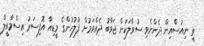
ވީ ނިއުސްްއިން ދެންނެވި ސުވާލަކަށް ޖަވާބު ދެއްވަމުން ފުލުހުންގެ މީޑިއާ އޮފިސަރު އިސްމާއީލް